Vaccination North-Western Provinces and Oudh 1878-1895 - 1878-1895
Year: 1878
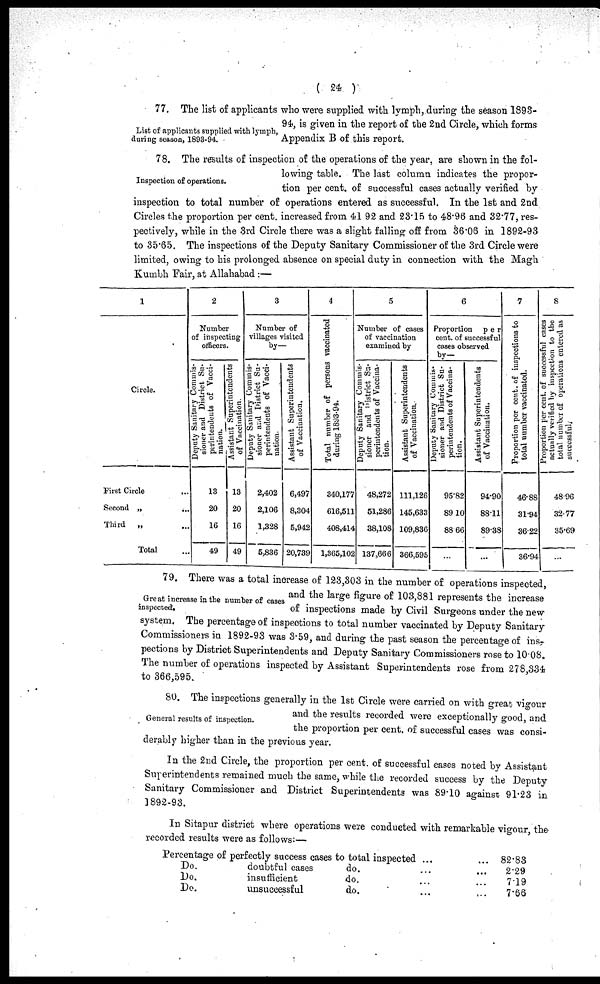
( 24 )
List of applicants supplied with lymph,
during season, 1893-94.
77. The list of applicants who were supplied with lymph, during the season 1893-
94, is given in the report of the 2nd Circle, which forms
Appendix B of this report.
Inspection of operations.
78. The results of inspection of the operations of the year, are shown in the fol-
lowing table. The last column indicates the propor-
tion per cent. of successful cases actually verified by
inspection to total number of operations entered as successful. In the 1st and 2nd
Circles the proportion per cent. increased from 41.92 and 23.15 to 48.96 and 32.77, res-
pectively, while in the 3rd Circle there was a slight falling off from 36.06 in 1892-93
to 35.65. The inspections of the Deputy Sanitary Commissioner of the 3rd Circle were
limited, owing to his prolonged absence on special duty in connection with the Magh
Kumbh Fair, at Allahabad :—
1
Circle.
First Circle
...
Second „
...
Third
„ ...
Total ...
2
Number
of inspecting
officers.
Deputy Sanitary Commis-
sioner and District Su-
perintendents of Vacci-
nation.
13
20
16
49
Assistant Superintendents
of Vaccination.
13
20
16
49
3
Number of
villages visited
by-
Deputy Sanitary Commis-
sioner and District Su-
perintendents of Vacci-
nation.
2,402
2,106
1,328
5,836
Assistant Superintendents
of Vaccination.
6,497
8,304
5,942
20,739
4
Total number of persons vaccinated
during 1893-94.
340,177
616,511
408,414
1,365,102
5
Number of cases
of vaccination
examined by
Deputy Sanitary Commis-
sioner and district Su-
perintendents of Vaccina-
tion.
48,272
51,286
38,108
137,666
Assistant Superintendents
of Vaccination.
111,126
145,633
109,836
366,595
6
Proportion
per
cent. of successful
cases observed
by—
Deputy Sanitary Commis-
sioner and District Su-
perintendents of Vaccina-
tion.
95.82
89.10
88.66
Assistant Superintendents
of Vaccination.
94.90
88.11
89.38
...
7
Proportion per cent. of inspections to
total number vaccinated.
46.88
31.94
36.22
36.94
8
Proportion per cent. of successful cases
actually verified by inspection to the
4
3
3
...
Great increase in the number of cases
inspected.
79. There was a total increase of 123,303 in the number of operations inspected,
and the large figure of 103,881 represents the increase
of inspections made by Civil Surgeons under the new
system. The percentage of inspections to total number vaccinated by Deputy Sanitary
Commissioners in 1892-93 was 3.59, and during the past season the percentage of ins-
pections by District Superintendents and Deputy Sanitary Commissioners rose to 10.08.
The number of operations inspected by Assistant Superintendents rose from 278,334
to 366,595
General results of inspection.
80. The inspections generally in the 1st Circle were carried on with great vigour
and the results recorded were exceptionally good, and
the proportion per cent. of successful cases was consi-
derably higher than in the previous year.
In the 2nd Circle, the proportion per cent. of successful cases noted by Assistant
Superintendents remained much the same, while the recorded success by the Deputy
Sanitary Commissioner and District Superintendents was 89.10 against 91.23 in
1892-93.
In Sitapur district where operations were conducted with remarkable vigour, the
recorded results were as follows:—
Percentage of perfectly success cases to total inspected ...
Do.
doubtful cases
do.
Do.
insufficient
do.
Do.
unsuccessful
do.
... 82.83
2.29
7.19
7.66